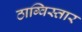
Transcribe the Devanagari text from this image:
ठाग्विस्तार